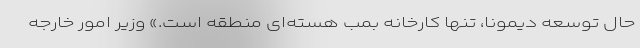
حال توسعه دیمونا، تنها کارخانه بمب هسته‌ای منطقه است.» وزیر امور خارجه